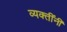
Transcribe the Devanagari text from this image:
व्यक्तींनीं